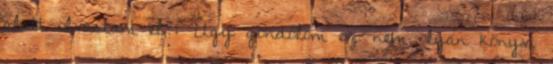
alatt olvastam el?: Úgy gondolom ez nem olyan könyv,